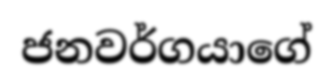
ජනවර්ගයාගේ